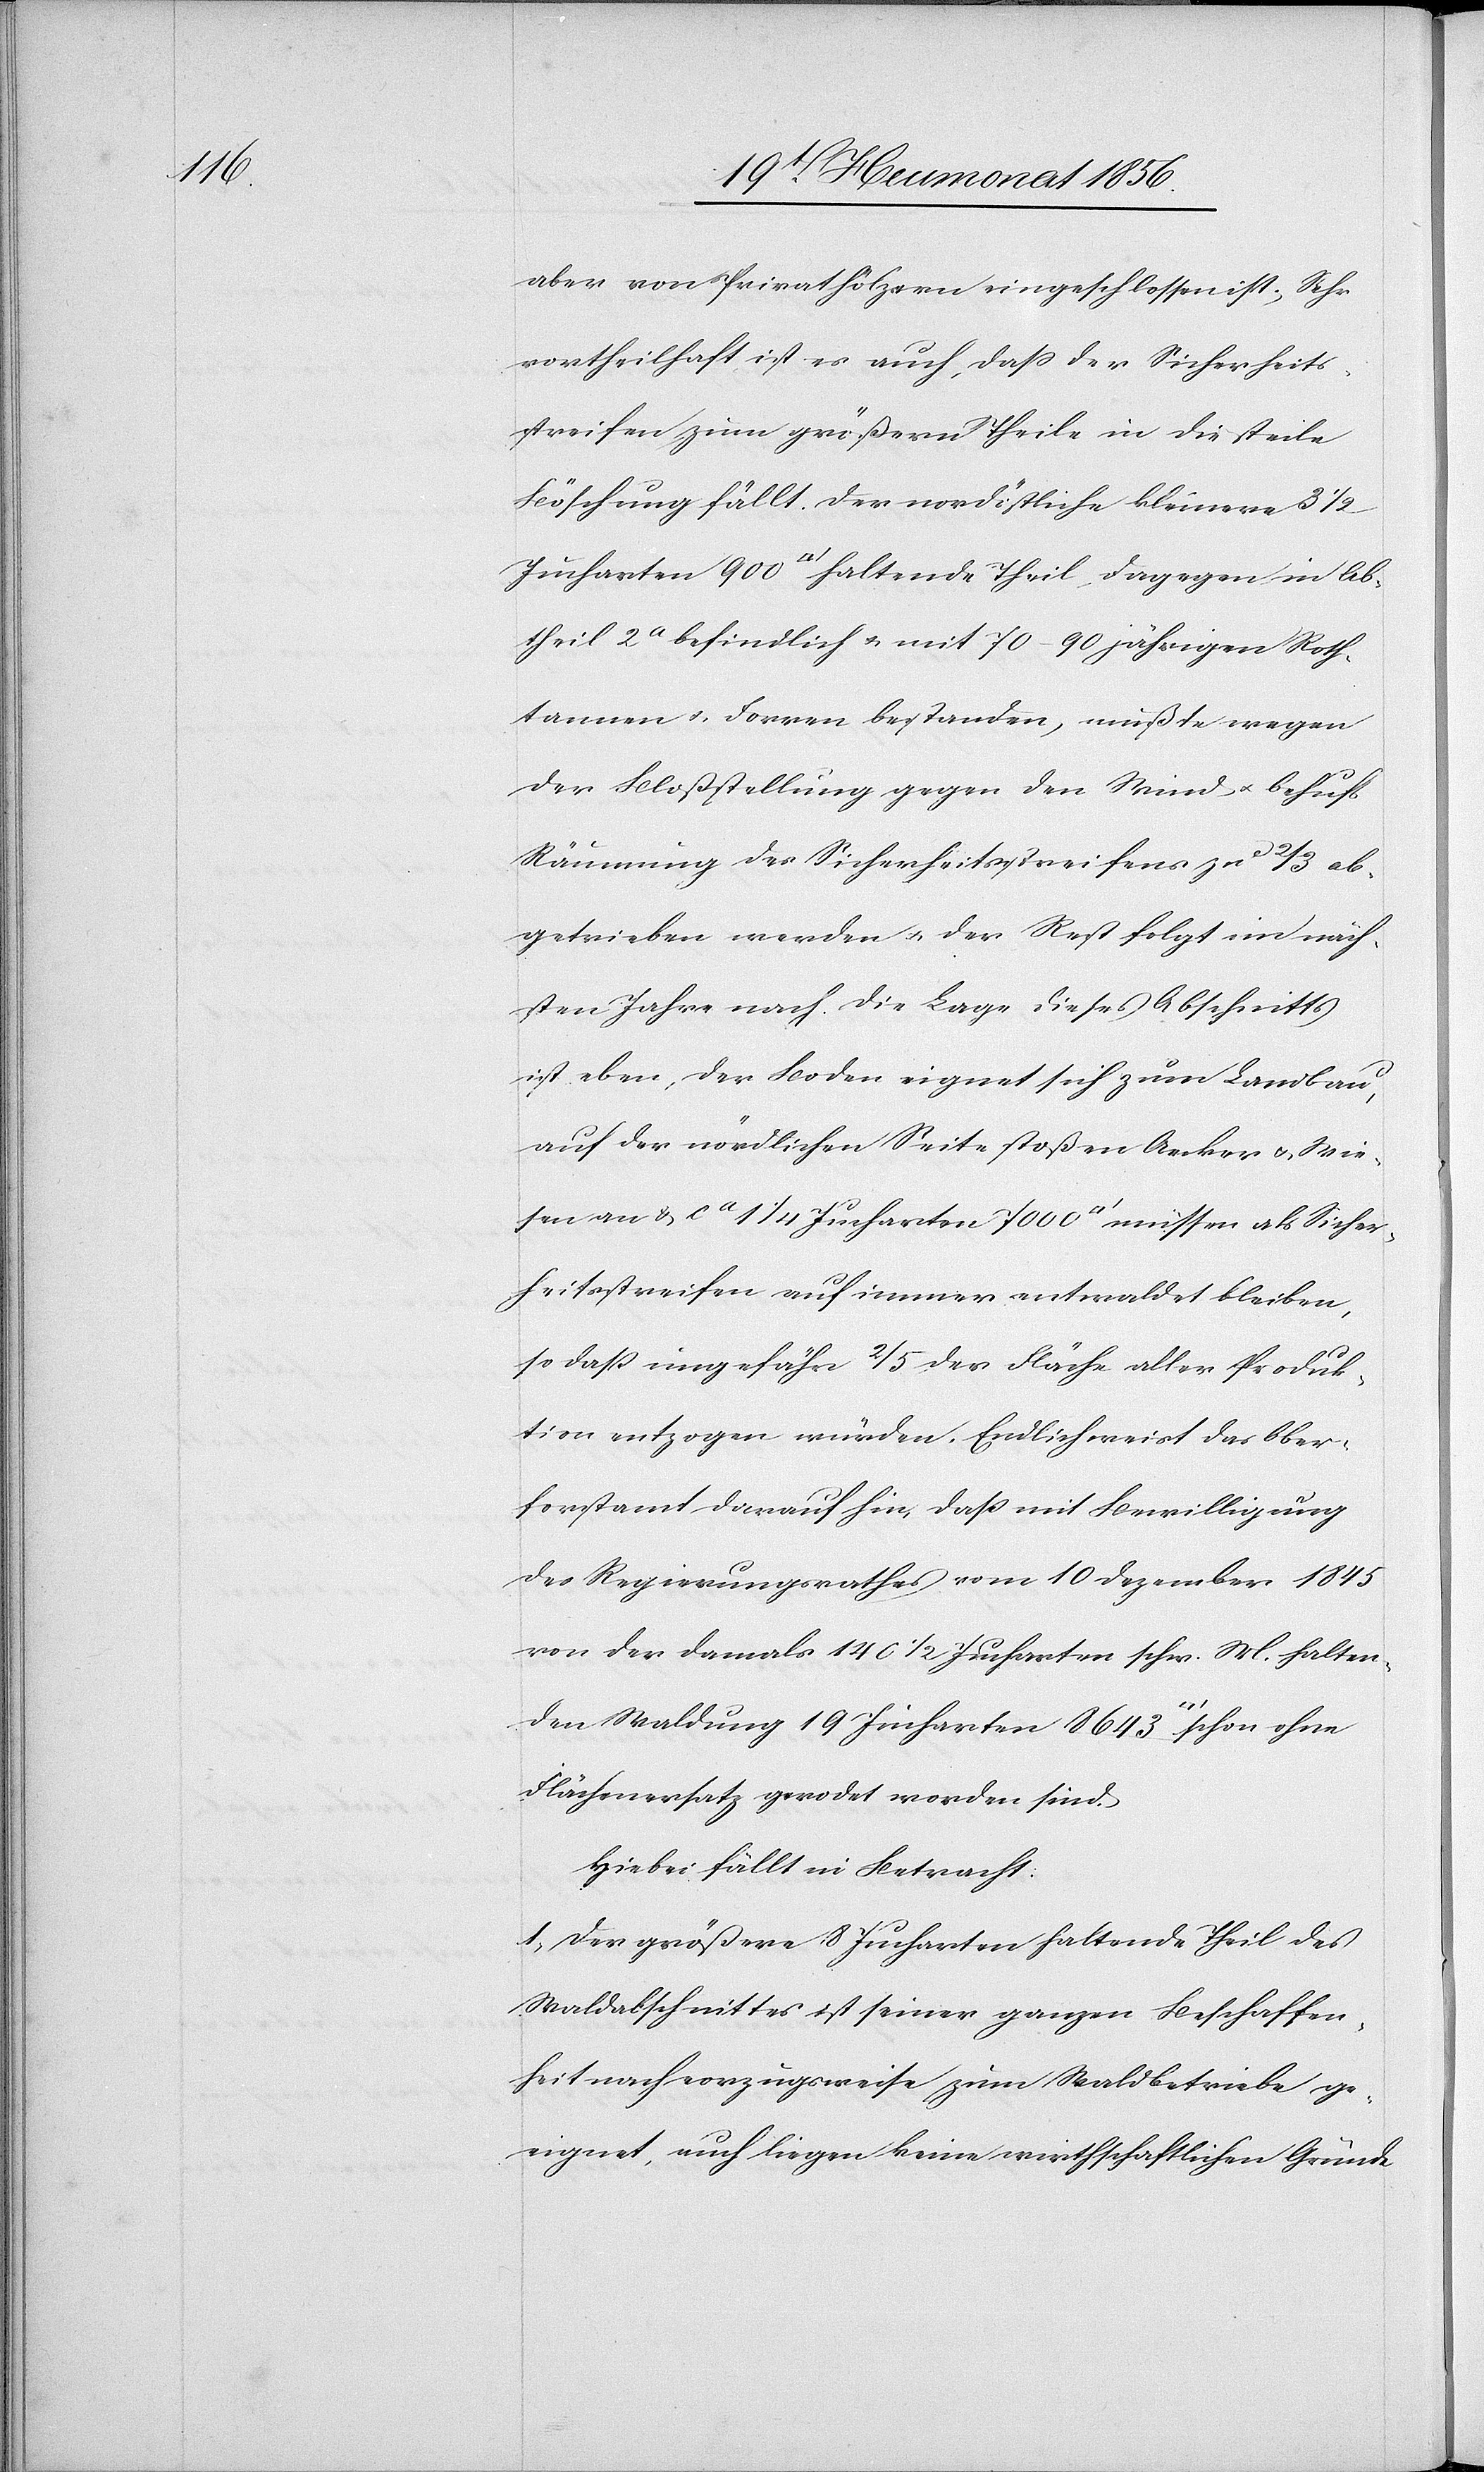
aber von Privathölzern eingeschlossen ist; sehr
vortheilhaft ist es auch, dass der Sicherheits¬
streifen zum größern Theile in die steile
Böschung fällt. Der nordöstliche kleinere 3 1/2
Abtheil 2a befindlich u. mit 70–90 jährigen Roth¬
tannen u. Forren bestanden, müßte wegen
der Bloßstellung gegen den Wind u. behufs
Räumung des Sicherheitsstreifens zu 2/3 ab¬
getrieben werden u. der Rest folgt im näch¬
sten Jahre nach. Die Lage dieses Abschnitts
ist eben, der Boden eignet sich zum Landbau,
auf der nördlichen Seite stoßen Aecker u. Wie¬
sen an & ca 1 1/4 Jucharten 7000 [Quadratfuss] müssen als Sicher¬
heitsstreifen auf immer entwaldet bleiben,
so dass ungefähr 2/5 der Fläche aller Produk¬
tion entzogen würden. Endlich weist das Ober¬
forstamt darauf hin, dass mit Bewilligung
des Regierungsrathes vom 10 Dezember 1845
von der damals 140 1/2 Jucharten schw. M. halten¬
den Waldung 19 Jucharten 8643 [Quadratfuss]
Flächenersatz gerodet worden sind.
Hiebei fällt in Betracht:
1. Der größere 8 Jucharten haltende Theil des
Waldabschnittes ist seiner ganzen Beschaffen¬
heit nach vorzugsweise zum Waldbetriebe ge¬
eignet, auch liegen keine wirthschaftlichen Gründe